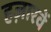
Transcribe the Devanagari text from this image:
हज़ारवें